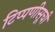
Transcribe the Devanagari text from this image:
टिप्पणीसूची